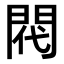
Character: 𫔟